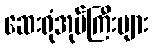
ဆေးရုံအုပ်ကြီးများ